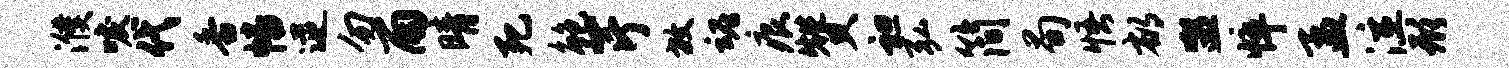
濮唳代香幡逆勿雨晴死鲍芹放魂痕赞袒弘简荀悟郁盥悴孟泣形